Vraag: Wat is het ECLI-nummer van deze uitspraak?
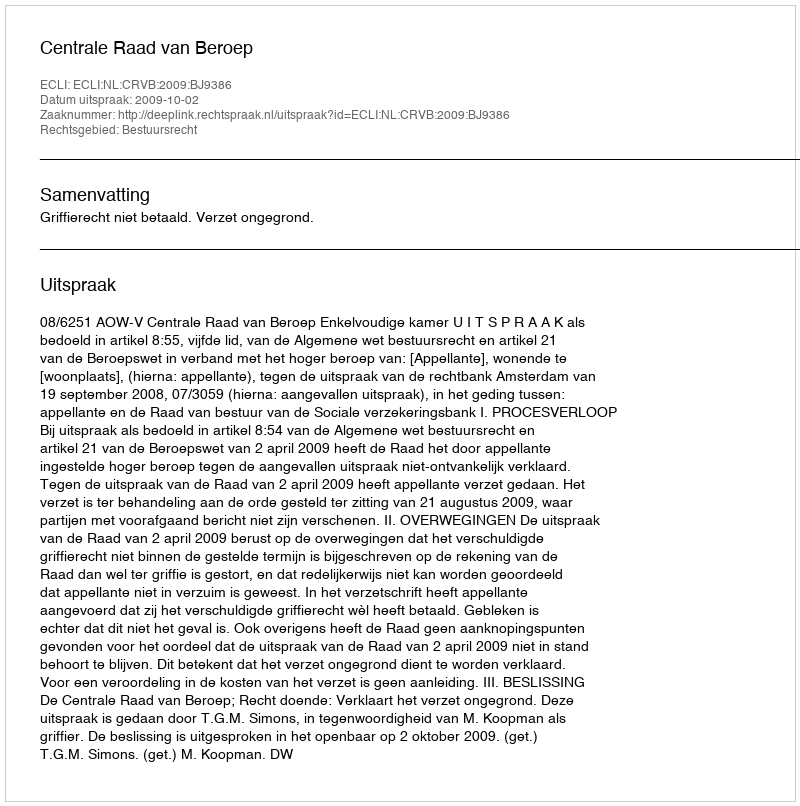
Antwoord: ECLI:NL:CRVB:2009:BJ9386